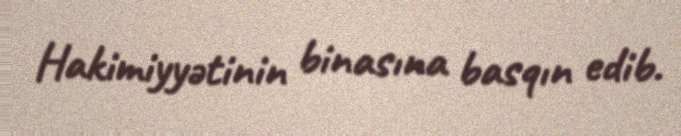
Hakimiyyətinin binasına basqın edib.